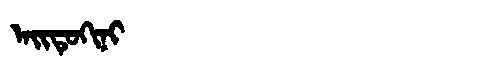
Manchu: ᠠᡳᡨᡠᡴᡳᠨᡳ
Romanization: AITUKINI